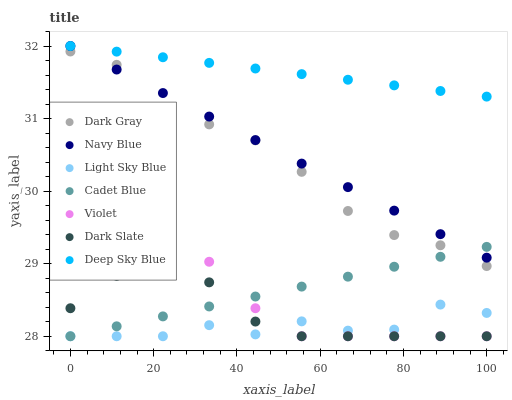
| xaxis_label | Dark Gray | Navy Blue | Light Sky Blue | Cadet Blue | Violet | Dark Slate | Deep Sky Blue |
 | --- | --- | --- | --- | --- | --- | --- | --- |
 | 0 | 31.9 | 32 | 28 | 28 | 29.2 | 28.4 | 32 |
 | 11.1 | 31.7 | 31.7 | 28 | 28.1 | 29.4 | 28.8 | 31.9 |
 | 22.2 | 31.1 | 31.4 | 28 | 28.3 | 29.4 | 29 | 31.8 |
 | 33.3 | 30.9 | 31 | 28.2 | 28.4 | 29 | 28.7 | 31.8 |
 | 44.4 | 30.7 | 30.7 | 28 | 28.5 | 28.4 | 28.2 | 31.7 |
 | 55.6 | 30.3 | 30.4 | 28.2 | 28.7 | 28 | 28 | 31.6 |
 | 66.7 | 29.7 | 30.1 | 28.1 | 28.8 | 28 | 28 | 31.5 |
 | 77.8 | 29.4 | 29.7 | 28.1 | 29 | 28 | 28 | 31.5 |
 | 88.9 | 29.3 | 29.4 | 28.4 | 29.1 | 28 | 28 | 31.4 |
 | 100 | 29 | 29.1 | 28.3 | 29.2 | 28 | 28 | 31.3 |